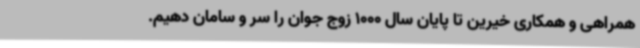
همراهی و همکاری خیرین تا پایان سال 1000 زوج جوان را سر و سامان دهیم.